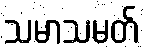
သမာသမတ်